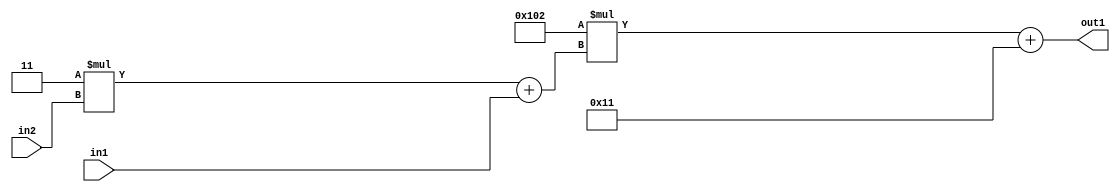
`timescale 1ps / 1ps
/*****************************************************************************
    Verilog RTL Description
    
    
    Created by: Stratus DpOpt 2019.1.01 
*******************************************************************************/

module DC_Filter_Add2i17Mul2i258Add2u1Mul2i3u2_4 (
	in2,
	in1,
	out1
	); /* architecture "behavioural" */ 
input [1:0] in2;
input  in1;
output [11:0] out1;
wire [11:0] asc001;
wire [3:0] asc002;

wire [3:0] asc002_tmp_0;
assign asc002_tmp_0 = 
	+(4'B0011 * in2);
assign asc002 = asc002_tmp_0
	+(in1);

wire [11:0] asc001_tmp_1;
assign asc001_tmp_1 = 
	+(12'B000100000010 * asc002);
assign asc001 = asc001_tmp_1
	+(12'B000000010001);

assign out1 = asc001;
endmodule

/* CADENCE  v7byQg8= : u9/ySgnWtBlWxVPRXgAZ4Og= ** DO NOT EDIT THIS LINE ******/